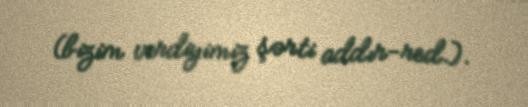
(bizim verdiyimiz şərti addır-red.).